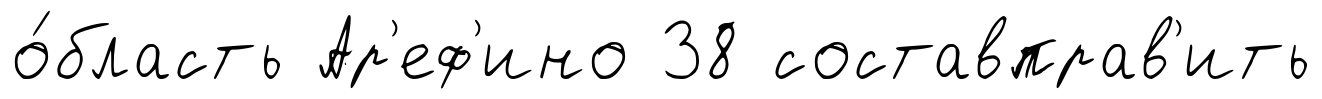
о́бласть Ар'еф'ино 38 составправ'ить